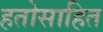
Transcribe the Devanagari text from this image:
हतोसाहित